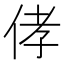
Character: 侾